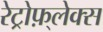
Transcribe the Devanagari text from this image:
रेट्रोफ़्लेक्स